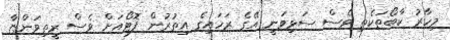
މިހާރު ކާބޯތަކެތި ވެސް ސަޅިވަނީ އޭގެ ރަހައިގެ އިތުރުން ފޮޓޯއަށް ވެސް ރީތިވަންޏާ